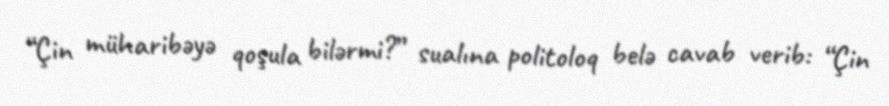
“Çin müharibəyə qoşula bilərmi?” sualına politoloq belə cavab verib: “Çin